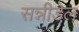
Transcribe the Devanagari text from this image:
सन्नीडेल